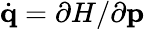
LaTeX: \dot{\mathbf{q}}=\partial H/\partial\mathbf{p}